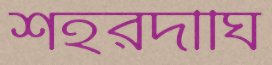
শহরদীঘি